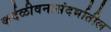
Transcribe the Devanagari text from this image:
कर्दळीवनासंदर्भातील